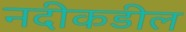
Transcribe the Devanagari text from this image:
नदीकडील